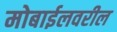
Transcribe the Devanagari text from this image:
मोबाईलवरील